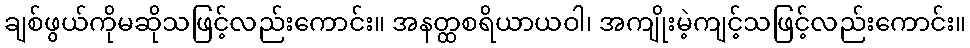
ချစ်ဖွယ်ကိုမဆိုသဖြင့်လည်းကောင်း။ အနတ္ထစရိယာယဝါ၊ အကျိုးမဲ့ကျင့်သဖြင့်လည်းကောင်း။